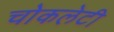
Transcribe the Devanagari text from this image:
चोकलेटी